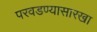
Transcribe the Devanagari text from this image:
परवडण्यासारखा